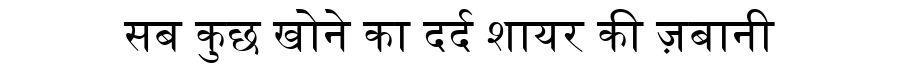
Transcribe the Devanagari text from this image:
सब कुछ खोने का दर्द शायर की ज़बानी